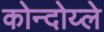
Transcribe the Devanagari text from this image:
कोन्दोय्ले